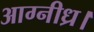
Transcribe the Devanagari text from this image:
आग्नीध्र।